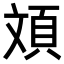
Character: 𮨂